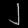
Digit: ၂